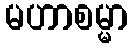
မဟာစမ္မာ